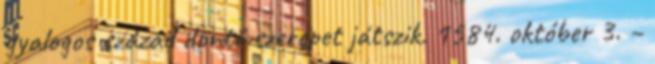
gyalogos század döntő szerepet játszik. 1584. október 3. –